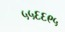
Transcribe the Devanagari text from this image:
५५६६९५